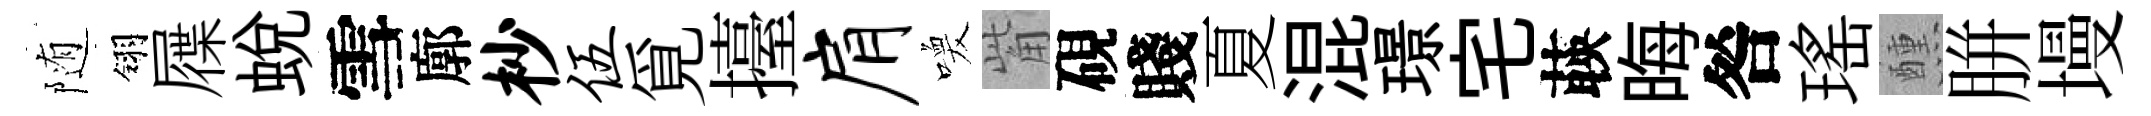
随翎屧蛻雪廓杪伍覓擡肩喚觜硯賤夏混璟宅𦴤晦咎瑤醺胼墁